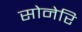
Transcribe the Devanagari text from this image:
सोनेरि